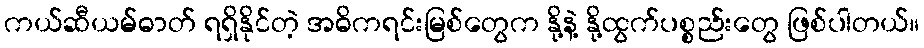
ကယ်ဆီယမ်ဓာတ် ရရှိနိုင်တဲ့ အဓိကရင်းမြစ်တွေက နို့နဲ့ နို့ထွက်ပစ္စည်းတွေ ဖြစ်ပါတယ်။